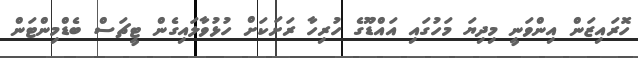
ހޮރައިޒަން އިންވަނީ މިދިޔަ މަހުގައި އައްޑޫގެ ހުރިހާ ރަށަކަށް ހުޅުވާލައިގެން ޓީޗަސް ބެޑްމިންޓަން